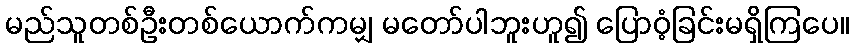
မည်သူတစ်ဦးတစ်ယောက်ကမျှ မတော်ပါဘူးဟူ၍ ပြောဝံ့ခြင်းမရှိကြပေ။